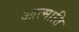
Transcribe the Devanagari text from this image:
आत्माति